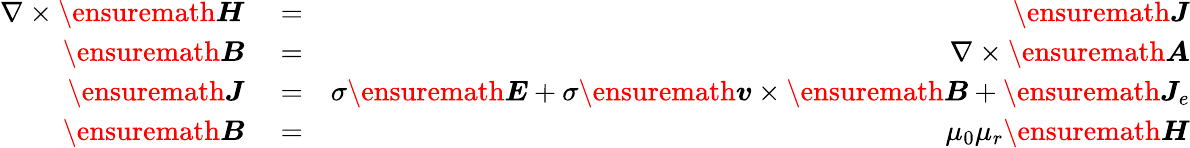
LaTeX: \begin{array}{rlr}{\nabla\times\ensuremath{\boldsymbol{H}}}&{{}=}&{\ensuremath{\boldsymbol{J}}}\\ {\ensuremath{\boldsymbol{B}}}&{{}=}&{\nabla\times\ensuremath{\boldsymbol{A}}}\\ {\ensuremath{\boldsymbol{J}}}&{{}=}&{\sigma\ensuremath{\boldsymbol{E}}+\sigma\ensuremath{\boldsymbol{v}}\times\ensuremath{\boldsymbol{B}}+\ensuremath{\boldsymbol{J}}_{e}}\\ {\ensuremath{\boldsymbol{B}}}&{{}=}&{\mu_{0}\mu_{r}\ensuremath{\boldsymbol{H}}}\end{array}